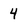
Character: 4